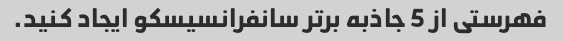
فهرستی از 5 جاذبه برتر سانفرانسیسکو ایجاد کنید.